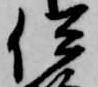
伊